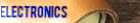
ELECTRONICS